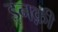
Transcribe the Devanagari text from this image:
इनक़ी